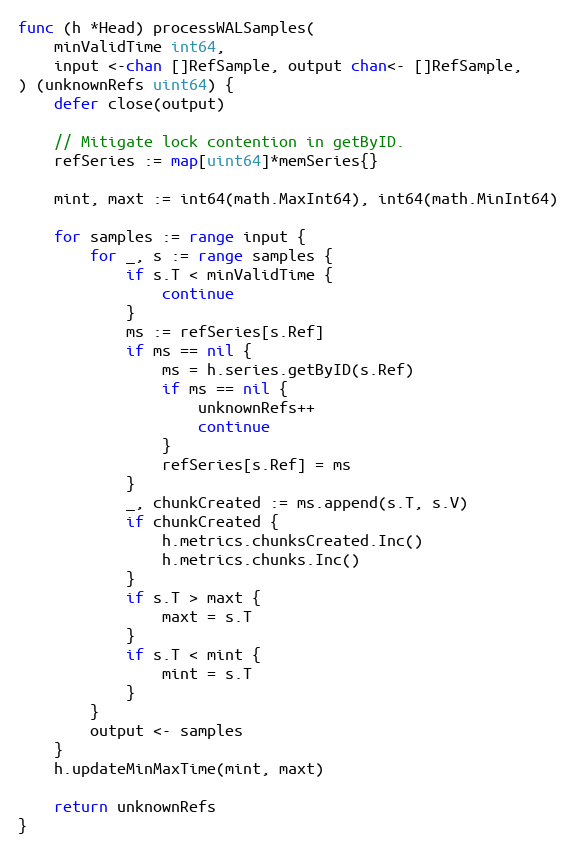
Language: Go
func (h *Head) processWALSamples(
	minValidTime int64,
	input <-chan []RefSample, output chan<- []RefSample,
) (unknownRefs uint64) {
	defer close(output)

	// Mitigate lock contention in getByID.
	refSeries := map[uint64]*memSeries{}

	mint, maxt := int64(math.MaxInt64), int64(math.MinInt64)

	for samples := range input {
		for _, s := range samples {
			if s.T < minValidTime {
				continue
			}
			ms := refSeries[s.Ref]
			if ms == nil {
				ms = h.series.getByID(s.Ref)
				if ms == nil {
					unknownRefs++
					continue
				}
				refSeries[s.Ref] = ms
			}
			_, chunkCreated := ms.append(s.T, s.V)
			if chunkCreated {
				h.metrics.chunksCreated.Inc()
				h.metrics.chunks.Inc()
			}
			if s.T > maxt {
				maxt = s.T
			}
			if s.T < mint {
				mint = s.T
			}
		}
		output <- samples
	}
	h.updateMinMaxTime(mint, maxt)

	return unknownRefs
}